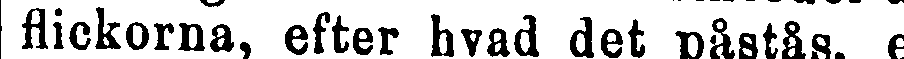
flickorna, efter hvad det påstås, e